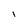
Character: I